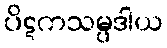
ပိဋကသမ္ပဒါယ